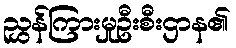
ညွှန်ကြားမှုဦးစီးဌာန၏